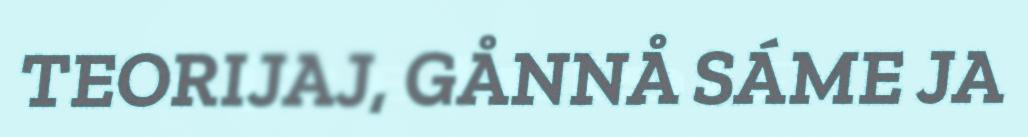
TEORIJAJ, GÅNNÅ SÁME JA